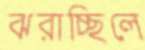
ঝরাচ্ছিলে